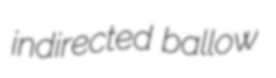
indirected ballow